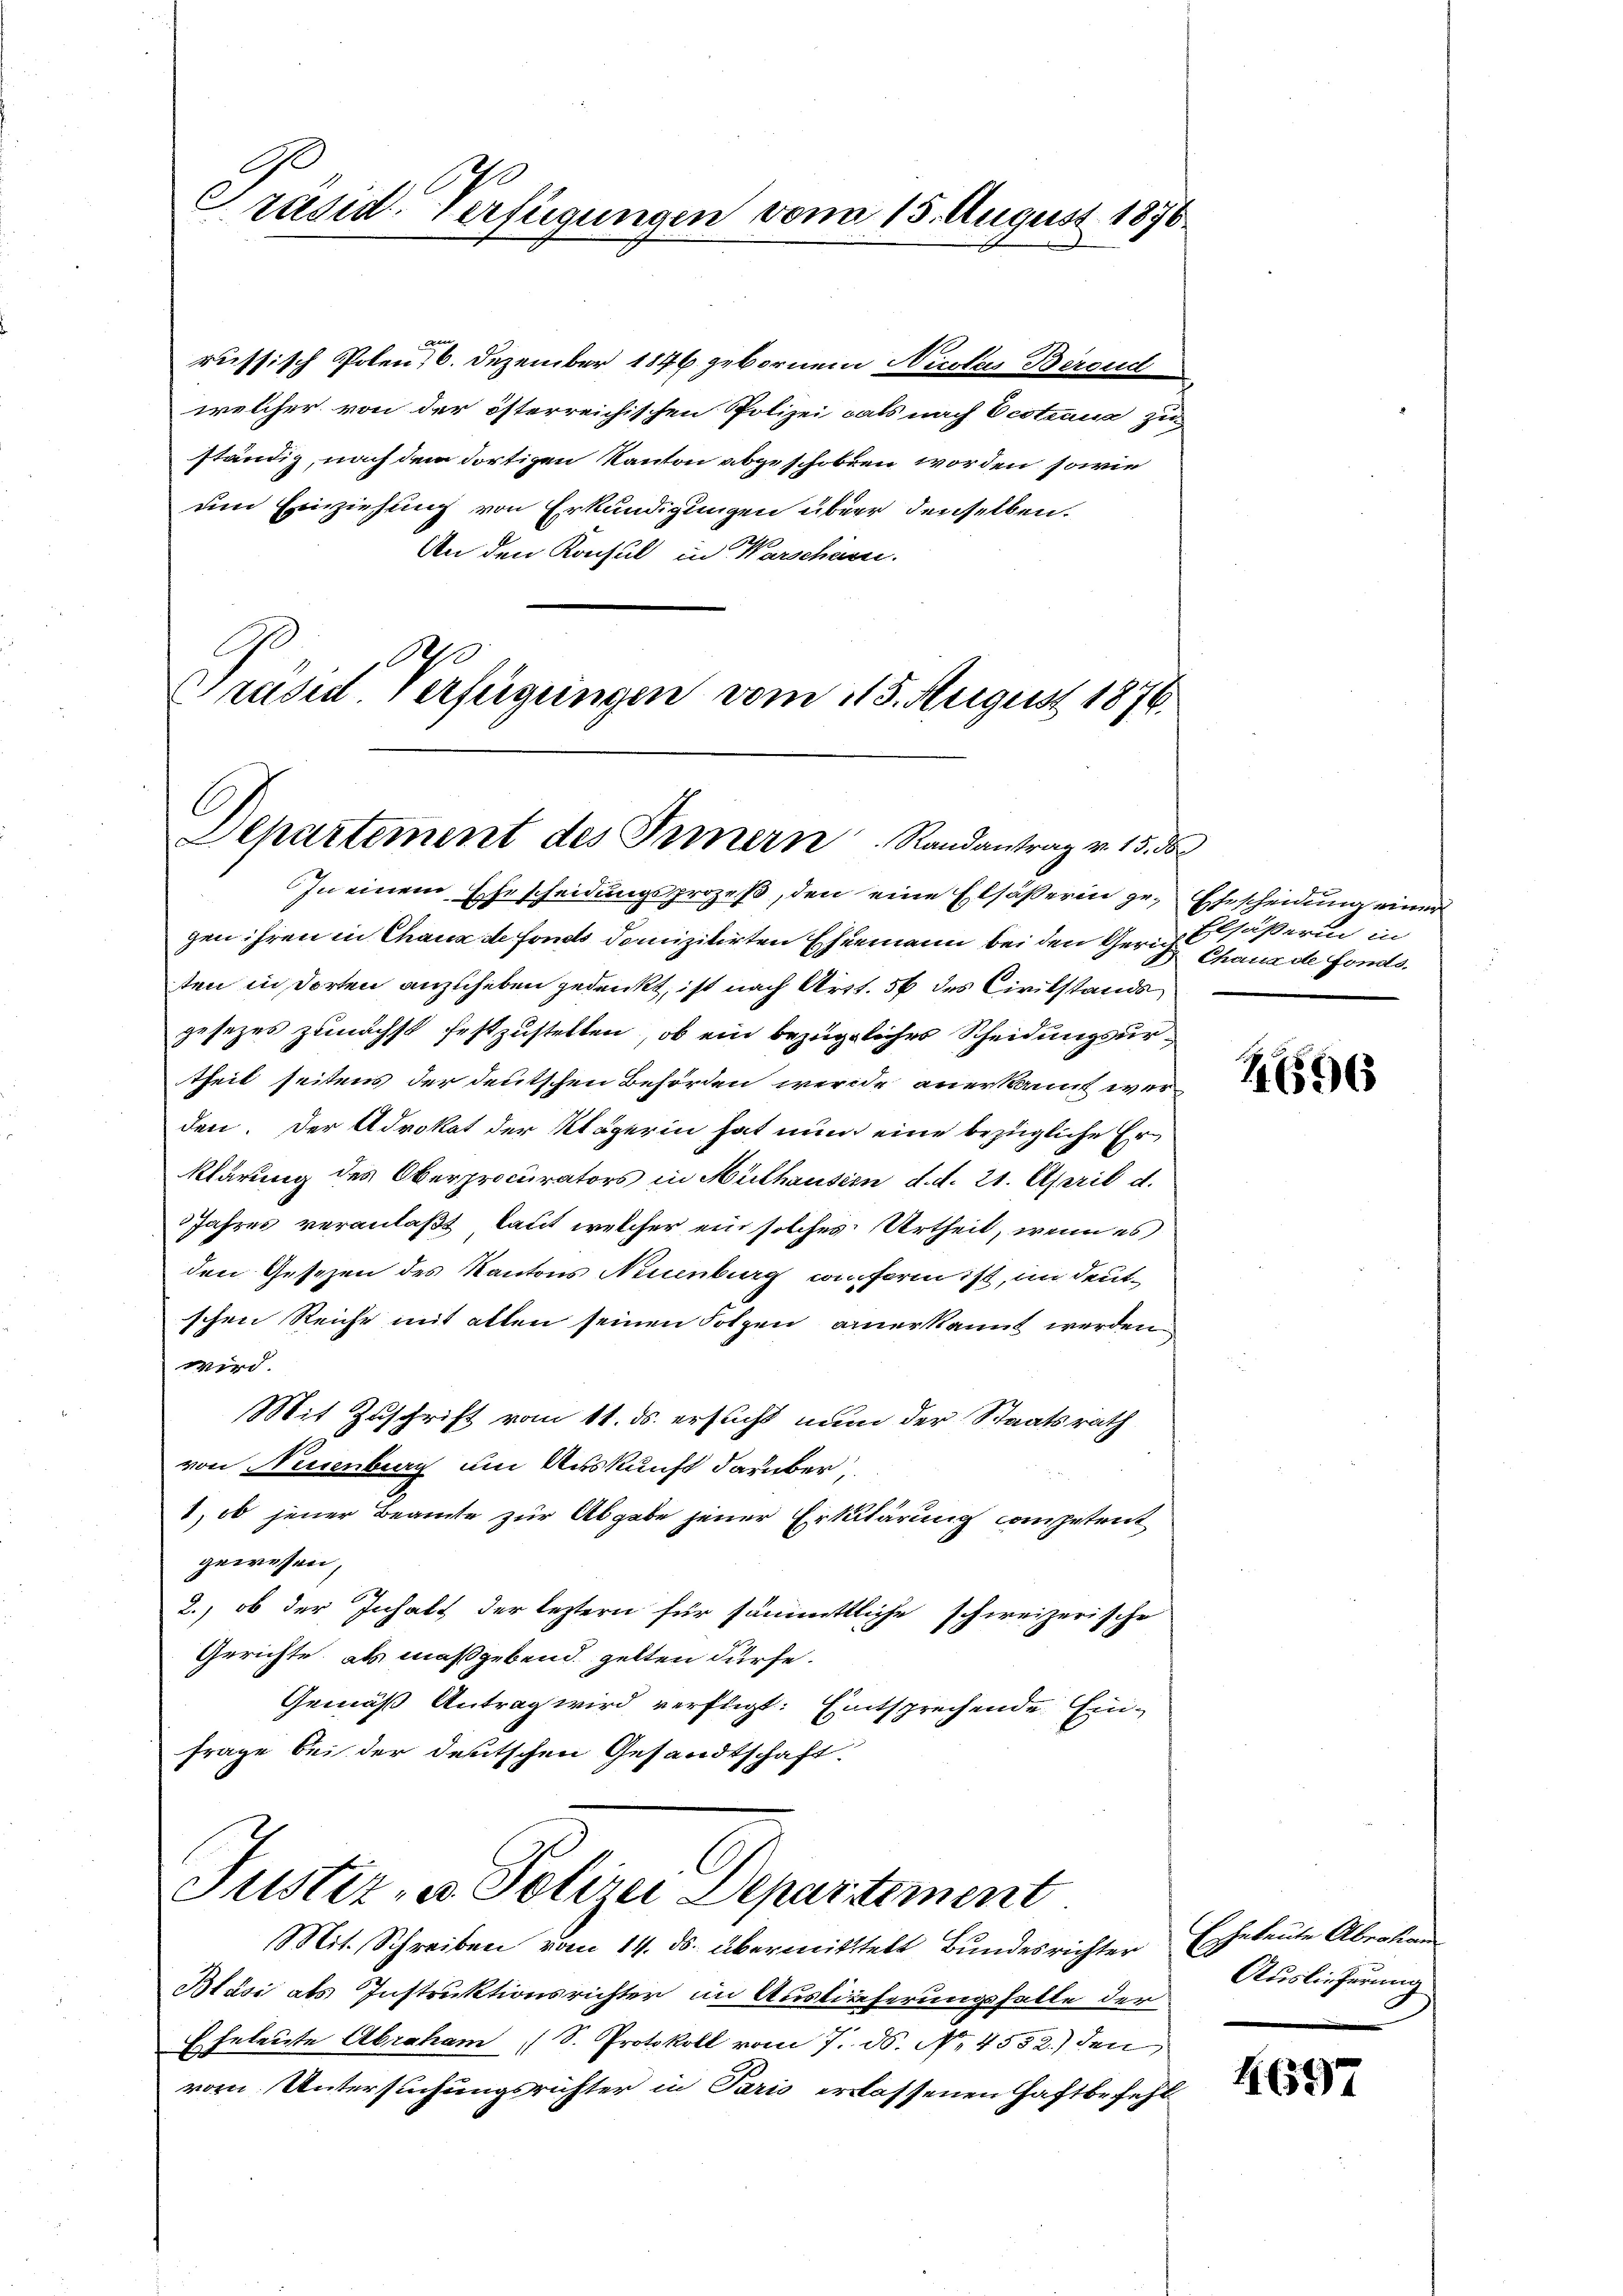
Präsid. Verfügungen vom 15. August 1876.

russisch Poten, 6. Dezember 1846 gebornem Nicolas Beroud
welcher von der österreichischen Polizei cals nach Oestens zu
ständig, nach dem dortigen Kanton abgeschoben worden, sowie
um Einziehung von Erkundigungen über denselben.
An den Konsul in Warschäre.
A
Präsid. Verfügungen vom 115. August 1876.

Aepartement des Innern Randantrag v. 15. d

In einem Ehescheidungsprozeß, den eine Elsäßerin gegen ihren in Chaux de fondo domizilirten Ehemann bei den Gerich Elsäßerin in
ten in dorten anzuheben gedenkt, ist nach Art. 56 des Civilstands
gesezes zunächst festzustellen, ob ein bezügliches Scheidungsurtheil seitens der deutschen Behörden werde anerkannt werden. Der Advokat der Klägerin hat nun eine bezügliche Er¬
Klärung des Oberprocurators in Mülhausern d. d. 21. April d.
Jahres veranlaßt, laut welcher ein solches Urtheil, wenn es
den Gesezen des Kantons Neuenburg conform ist, im deutschen Reiche mit allen seinen Sotzen anerkannt werden.
wird.
Mit Zuschrift vom 11. ds. ersucht nun der Staatsrath
von Neuenburg um Auskunft darüber,
1, ob jener Beamte zur Abgabe jener Erklärung competent
gewesen,
2., ob der Inhalt der leztern für sämmtliche schweizerische
Gerichte, als maßgebend gelten dürfe.
Gemäß Antrag wird verfügt: Entsprechende Ein¬
Frage bei der deutschen Gesandtschaft
Justiz- u. Polizei Departement
Mit Schreiben vom 14. ds. übermittelt Bundesrichter
Bläsi als Instruktionsrichter im Auslieferungshalte der
Eheleute Abraham S. Protokoll vom 7. ds. No. 4552.) den
vom Untersuchungsrichter in Paris erlassenen Haftbefehl

Ehescheidung einer
Chaux de fonds.

26596

Echeleute Abrahan
Auslieferung

4697